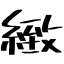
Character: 緻